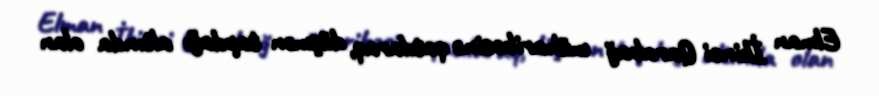
Elman İkinci Qarabağ müharibəsinə qatılaraq, düşmən tapdağı altında olan